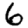
Digit: 6